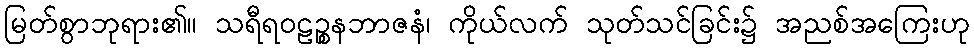
မြတ်စွာဘုရား၏။ သရီရဝဠဉ္စနဘာဇနံ၊ ကိုယ်လက် သုတ်သင်ခြင်း၌ အညစ်အကြေးဟု